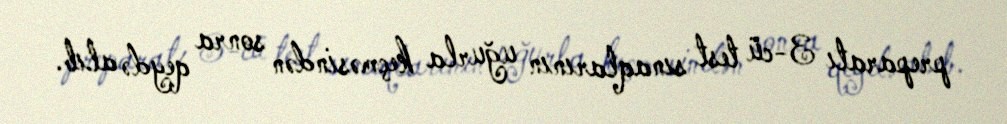
preparatı 3-cü test sınaqlarının uğurla keçməsindən sonra qeydə alıb.